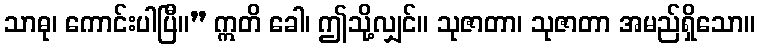
သာဓု၊ ကောင်းပါပြီ။” ဣတိ ခေါ၊ ဤသို့လျှင်။ သုဇာတာ၊ သုဇာတာ အမည်ရှိသော။